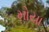
મોયા